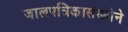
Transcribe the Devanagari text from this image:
जालपत्रिकासंख्येने